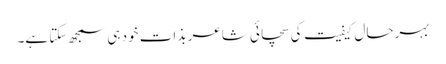
بہرحال کیفیت کی سچائی شاعر بذات خود ہی سمجھ سکتا ہے۔